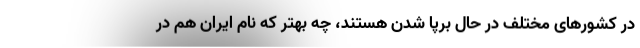
در کشورهای مختلف در حال برپا شدن هستند، چه بهتر که نام ایران هم در